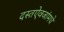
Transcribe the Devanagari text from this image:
दस्तऐवजांमधे